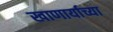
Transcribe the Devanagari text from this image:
खाणार्याच्या